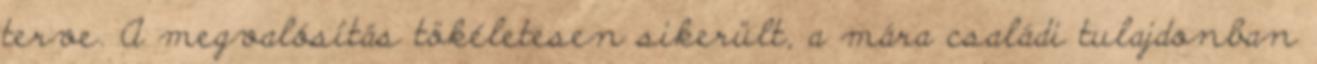
terve. A megvalósítás tökéletesen sikerült, a mára családi tulajdonban